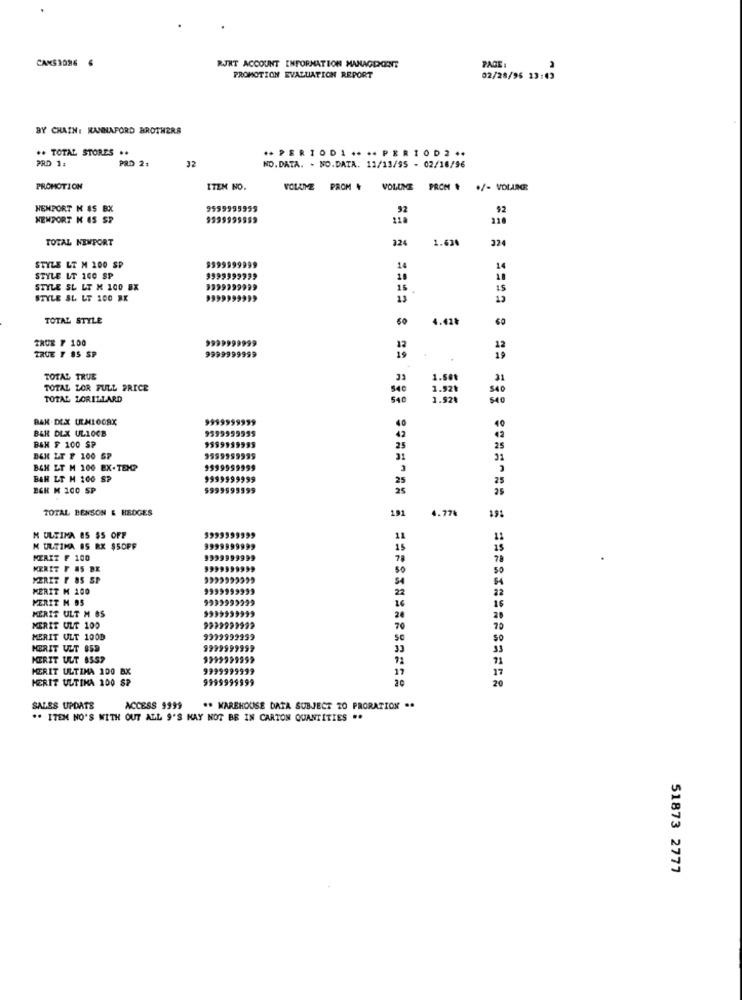
CANS3096 6
RJRT ACCOUNT INFORMATION MANAGEMENT
PAGE
PROMOTION EVALUATION REPORT
02/28/96 13:43
BY CHAIN: HANNAFORD BROTHERS
.. TOTAL STORES ..
** PERIODI .... PERIOD2 **
PRD 1:
PRD 2:
32
NO.DATA. - NO.DATA. 12/13/95 - 02/16/96
PROMOTION
ITEM NO.
VOLLIVE PROM
VOLUME PROM . +/- VOLUME
HEMPORT N $5 BX
9559995955
92
92
NEWPORT K 45 SP
9999999559
218
TOTAL NEWPORT
3.24
1.63%
324
STYLE LT M 100 SP
9599999999
STYLE LT 140 SP
9999999939
18
STYLE SL LT X 100 BX
9999999999
15
IS
STYLE SL LT 100 EK
9999999999
13
TOTAL STYLE
60
4.41%
2RUE F 100
9999999999
TRUE 7 85 SP
9999999999
TOTAL TRUE
21
TOTAL LOR FULL PRICE
340
1.92₺
340
TOTAL LORILLARD
540
3.92%
540
BAK.DEX UCHLOORX
40
BAR DLX UL10CB
4 2
42
BSH F 100 SP
25
25
BAK LT F 100 SP
31
31
BGH LT M 100 EX-TEX?
9999
BEH LT M 100 SP
25
BGH M 100 SP
9999
25
25
TOTAL BENSON & HEDGES
191
4.77%
9999999
M ULTIMA ES $5 OFF
M ULTIMA 85 RX $SOPF
MERIT F 100
KERET F &S BE
80
50
MERIT F OS SP
54
MERIT M 100
9999999999
22
MERIT M 95
16
MERIT ULT M BS
MERIT ULT 100
70
70
MERIT ULT 100D
9399999999
Se
SO
MERIT ULT 859
9999999999
33
33
MERIT ULT 8557
92
PERIT ULTIMA 100 BX
17
PERIT ULTIMA 100 SP
20
SALES UPDATE
ACCESS 9999
#* WAREHOUSE DATA SUBJECT TO PRORATION ..
** ITEM NO'S WITH OUT ALL 9'S MAY NOT BE IN CARTON QUANTITIES ..
51873 2777